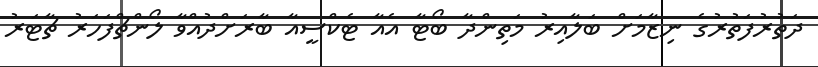
ދަތުރުފަތުރުގެ ނިޒާމަށް ބަލާއިރު މަތިންދާ ބޯޓާ އެއާ ޓެކްސީއާ ބާރަށްދުއްވާ ލޯންޗްފަހަރު ޗާޓަރު